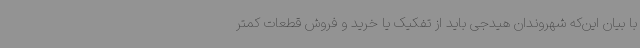
با بیان این‌که شهروندان هیدجی باید از تفکیک یا خرید و فروش قطعات کمتر